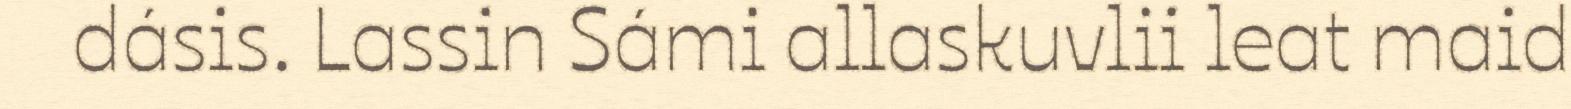
dásis. Lassin Sámi allaskuvlii leat maid